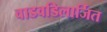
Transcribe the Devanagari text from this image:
वाडवडिलार्जित